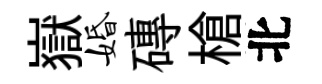
嶽婚磚槍北